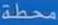
محطة